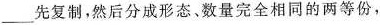
___先复制，然后分成形态、数量完全相同的两等份，